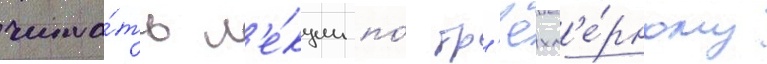
чита́ть л'е́кции по́ тр'ёхм'е́рному